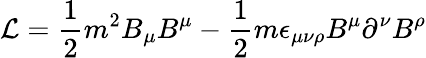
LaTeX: {\cal L}=\frac{1}{2}m^{2}B_{\mu}B^{\mu}-\frac{1}{2}m\epsilon_{\mu\nu\rho}B^{\mu}\partial^{\nu}B^{\rho}